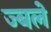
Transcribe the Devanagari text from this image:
ज्बले